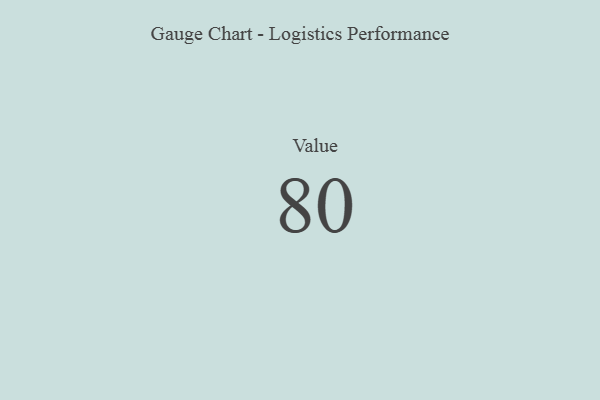
{"axis": {"x": "Metric", "y": "Value"}, "legend": [""], "data": [{"x": "Value", "y": 80, "type": ""}]}